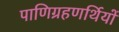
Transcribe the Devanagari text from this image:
पाणिग्रहणर्थियों